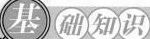
基础知识